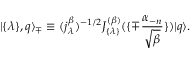
| \{ \lambda \} , q \rangle _ { \mp } \equiv ( j _ { \lambda } ^ { \beta } ) ^ { - 1 / 2 } J _ { \{ \lambda \} } ^ { ( \beta ) } ( \{ \mp { \frac { \alpha _ { - n } } { \sqrt { \beta } } } \} ) | q \rangle .